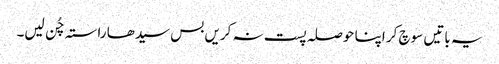
یہ باتیں سوچ کر اپنا حوصلہ پست نہ کریں بس سیدھا راستہ چُن لیں۔